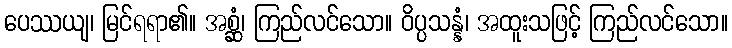
ပေဿယျ၊ မြင်ရရာ၏။ အစ္ဆံ၊ ကြည်လင်သော။ ဝိပ္ပသန္နံ၊ အထူးသဖြင့် ကြည်လင်သော။